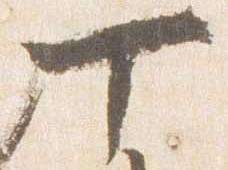
丁